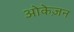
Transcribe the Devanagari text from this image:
ओकेज़न